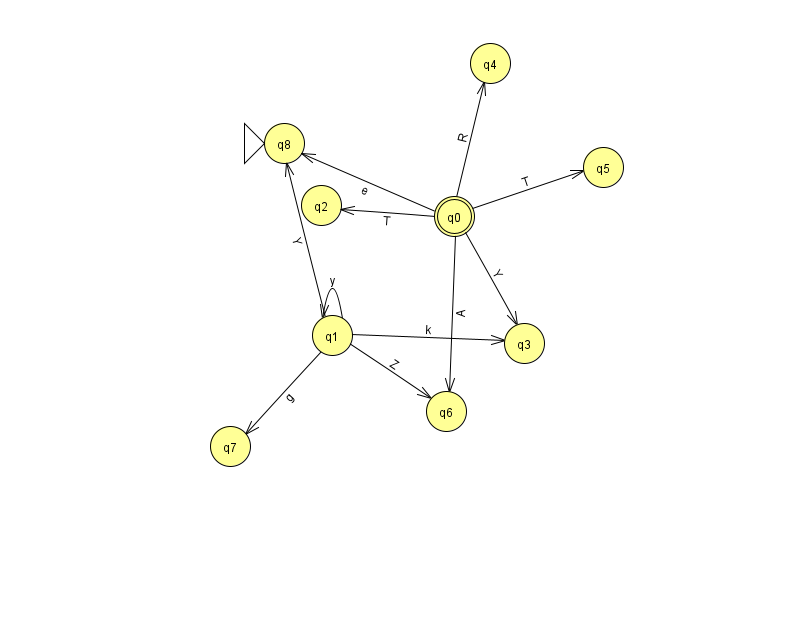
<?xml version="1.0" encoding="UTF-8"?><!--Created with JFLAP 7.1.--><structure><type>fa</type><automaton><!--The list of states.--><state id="0" name="q0"><x>454.0</x><y>203.0</y><final/></state><state id="1" name="q1"><x>332.0</x><y>322.0</y></state><state id="2" name="q2"><x>321.0</x><y>192.0</y></state><state id="3" name="q3"><x>524.0</x><y>330.0</y></state><state id="4" name="q4"><x>490.0</x><y>50.0</y></state><state id="5" name="q5"><x>603.0</x><y>154.0</y></state><state id="6" name="q6"><x>446.0</x><y>398.0</y></state><state id="7" name="q7"><x>230.0</x><y>433.0</y></state><state id="8" name="q8"><x>284.0</x><y>130.0</y><initial/></state><!--The list of transitions.--><transition><from>0</from><to>2</to><read>T</read></transition><transition><from>0</from><to>8</to><read>e</read></transition><transition><from>0</from><to>4</to><read>R</read></transition><transition><from>1</from><to>6</to><read>Z</read></transition><transition><from>0</from><to>5</to><read>T</read></transition><transition><from>0</from><to>3</to><read>Y</read></transition><transition><from>1</from><to>1</to><read>y</read></transition><transition><from>1</from><to>8</to><read>Y</read></transition><transition><from>1</from><to>3</to><read>k</read></transition><transition><from>1</from><to>7</to><read>g</read></transition><transition><from>0</from><to>6</to><read>A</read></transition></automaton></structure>